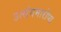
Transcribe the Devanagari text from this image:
उत्संगमारोप्य